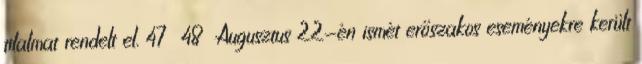
tilalmat rendelt el. 47 48 Augusztus 22-én ismét erőszakos eseményekre került